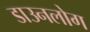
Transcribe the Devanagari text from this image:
डाउनलोग